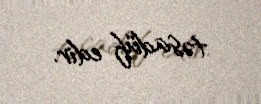
təsadüf edir.